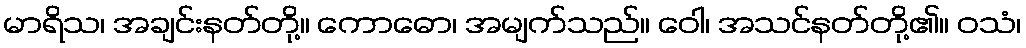
မာရိသ၊ အချင်းနတ်တို့။ ကောဓော၊ အမျက်သည်။ ဝေါ၊ အသင်နတ်တို့၏။ ဝသံ၊